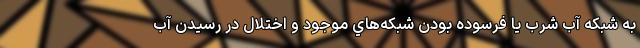
به شبكه آب شرب يا فرسوده بودن شبكه‌هاي موجود و اختلال در رسيدن آب